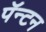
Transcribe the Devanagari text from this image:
पॅन्टन